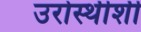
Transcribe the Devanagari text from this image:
उरोस्थीशी